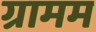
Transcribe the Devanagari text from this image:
ग्रामम